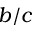
b / c